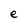
Character: e